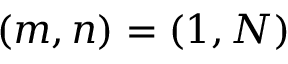
( m , n ) = ( 1 , N )